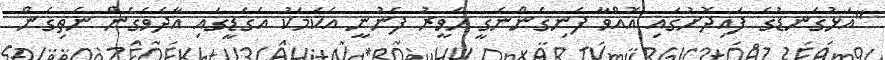
"އަޅުގަނޑުގެ ފައިދޮށުގައި އޮއްވާ ފެނިގެންނެގީ ހަވީރު ފެނުނީ އެކަމަކު އެގަޑީގައި އާދެވެގެން ނެތިގެން